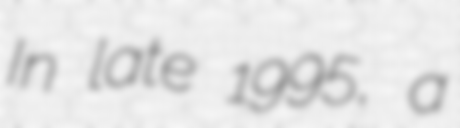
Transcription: In late 1995, a